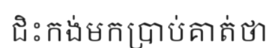
ជិះកង់មកប្រាប់គាត់ថា